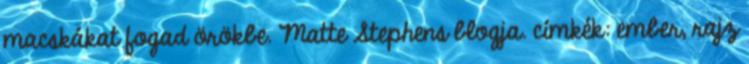
macskákat fogad örökbe. Matte Stephens blogja. címkék: ember, rajz